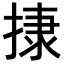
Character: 𢰬